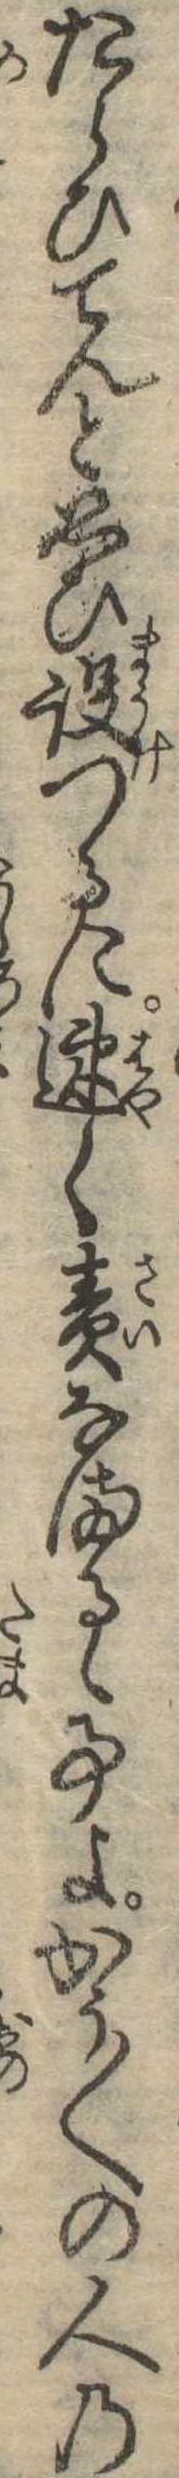
たらひてんと思ひ設つるに速く責なまるゝ事よかう〱の人の